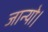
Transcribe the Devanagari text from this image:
जान्यो।